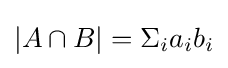
|A\cap B|=\Sigma _{i}a_{i}b_{i}